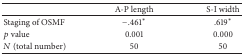
|  | A-P length | S-I width |
 | --- | --- | --- |
 | Staging of OSMF | −.461∗ | .619∗ |
 | p value | 0.001 | 0.000 |
 | N (total number) | 50 | 50 |